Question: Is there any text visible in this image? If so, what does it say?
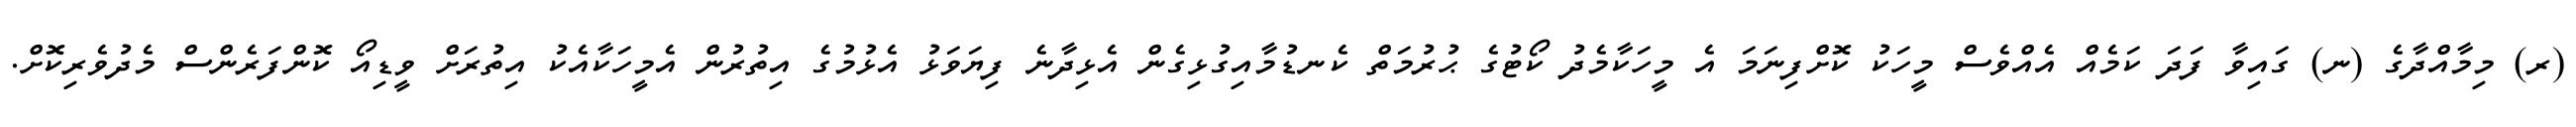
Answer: (ރ) މިމާއްދާގެ (ނ) ގައިވާ ފަދަ ކަމެއް އެއްވެސް މީހަކު ކޮށްފިނަމަ އެ މީހަކާމެދު ކޯޓުގެ ޙުރުމަތް ކެނޑުމާއިގުޅިގެން އެޅިދާނެ ފިޔަވަޅު އެޅުމުގެ އިތުރުން އެމީހަކާއެކު އިތުރަށް ވީޑިއޯ ކޮންފަރެންސް މެދުވެރިކޮށް.